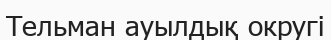
Тельман ауылдық округі